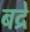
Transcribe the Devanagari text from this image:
बद्रे